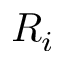
R _ { i }